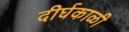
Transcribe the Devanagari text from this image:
दीर्घकाळी